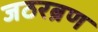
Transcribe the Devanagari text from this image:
जठरब्रण